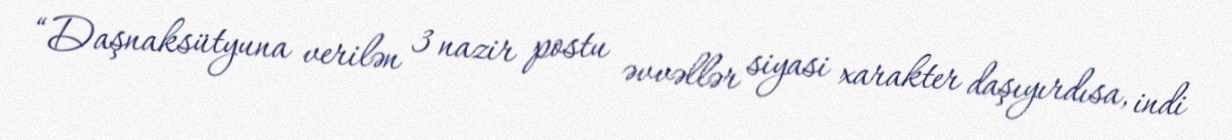
“Daşnaksütyuna verilən 3 nazir postu əvvəllər siyasi xarakter daşıyırdısa, indi